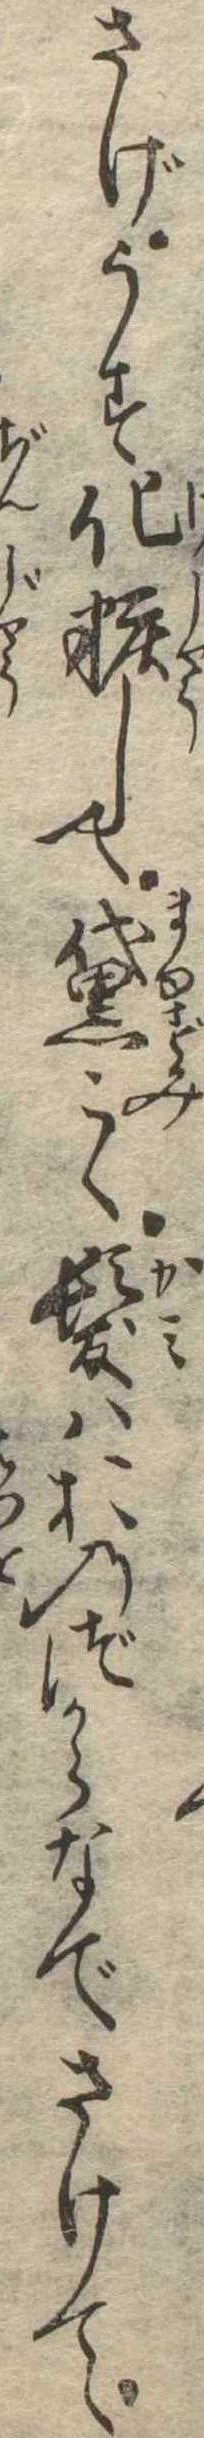
さげうす化粧して黛こく髪はおのづからなでさけて